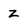
Character: z